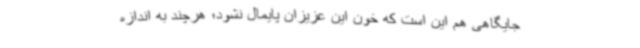
جایگاهی هم این است که خون این عزیزان پایمال نشود؛ هرچند به اندازه